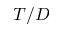
T / D